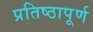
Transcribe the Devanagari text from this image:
प्रतिष्‍ठापूर्ण